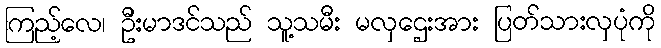
ကြည့်လေ၊ ဦးမာဒင်သည် သူ့သမီး မလှဌေးအား ပြတ်သားလှပုံကို